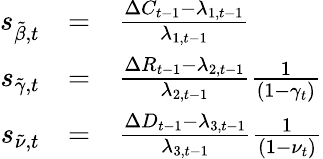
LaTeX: \begin{array}{rcl}{s_{\tilde{\beta},t}}&{=}&{\frac{\Delta C_{t-1}-\lambda_{1,t-1}}{\lambda_{1,t-1}}}\\ {s_{\tilde{\gamma},t}}&{=}&{\frac{\Delta R_{t-1}-\lambda_{2,t-1}}{\lambda_{2,t-1}}\frac{1}{(1-\gamma_{t})}}\\ {s_{\tilde{\nu},t}}&{=}&{\frac{\Delta D_{t-1}-\lambda_{3,t-1}}{\lambda_{3,t-1}}\frac{1}{(1-\nu_{t})}}\end{array}